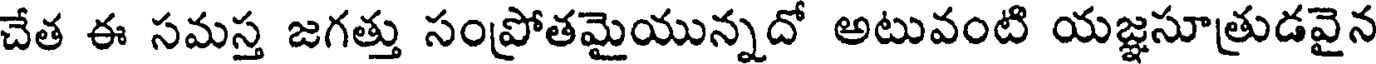
చేత ఈ సమస్త జగత్తు సంప్రోతమైయున్నదో అటువంటి యజ్ఞసూత్రుడవైన